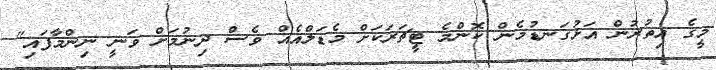
މީގެ އިތުރުން އަޅުގަނޑުމެން ކޮންމެ ޓީޗަރަކަށް މެޑަލްއެއް ވެސް ދިނުމަށް ވަނީ ނިންމާފައި"